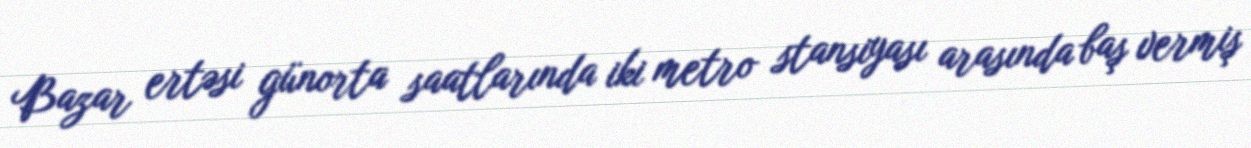
Bazar ertəsi günorta saatlarında iki metro stansiyası arasında baş vermiş